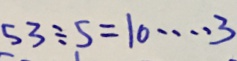
5 3 \div 5 = 1 0 \cdots 3